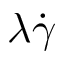
\lambda \dot { \gamma }